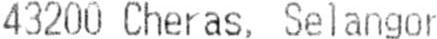
43200 CHERAS, SELANGOR